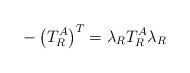
LaTeX: \begin{align*}-\left( T_R^A \right)^T=\lambda_R T_R^A \lambda_R\end{align*}